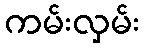
ကမ်းလှမ်း